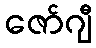
ဇော်ဂျီ